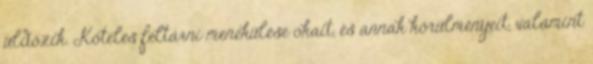
üldözik. Köteles feltárni menekülése okait, és annak körülményeit, valamint